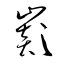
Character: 巓